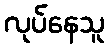
လုပ်နေသူ